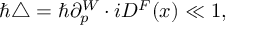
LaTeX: \hbar \triangle = \hbar \partial _ { p } ^ { W } \cdot i D ^ { F } ( x ) \ll 1 ,